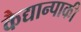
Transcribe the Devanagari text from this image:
कैद्यान्पाकी